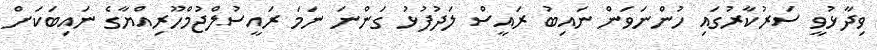
ވިދާޅުވީ ސަރުކާރުގައި ހުންނަވަން ނައިބު ރައީސް ލަދުފުޅު ގަންނަ ނަމަ ރައީސުލްޖުމްހޫރިއްޔާގެ ނައިބަކަށް